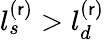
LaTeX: l_{s}^{(\mathsf{r})}>l_{d}^{(\mathsf{r})}